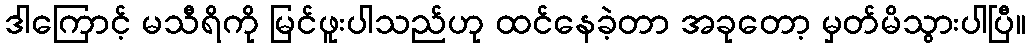
ဒါကြောင့် မသီရိကို မြင်ဖူးပါသည်ဟု ထင်နေခဲ့တာ အခုတော့ မှတ်မိသွားပါပြီ။